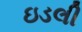
ઇડલી